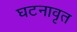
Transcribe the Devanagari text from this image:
घटनावृत